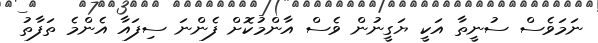
ނަމަވެސް ސުނީތާ އަކީ ޔަގީނުން ވެސް އާންމުކޮށް ފެންނަ ސިފައާ އެންމެ ތަފާތު